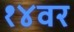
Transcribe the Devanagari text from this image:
१४वर